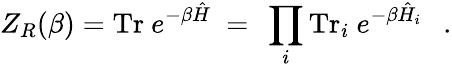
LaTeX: Z_{R}(\beta)=\mathrm{Tr}~e^{-\beta\hat{H}}~=~\prod_{i}\mathrm{Tr}_{i}~e^{-\beta\hat{H}_{i}}~~~.